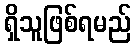
ရှိသူဖြစ်ရမည်